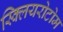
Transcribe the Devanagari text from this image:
स्क्लियरोटोम